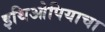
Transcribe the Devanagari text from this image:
इथिओपियाचा